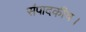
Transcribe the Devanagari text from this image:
संपादकीय।